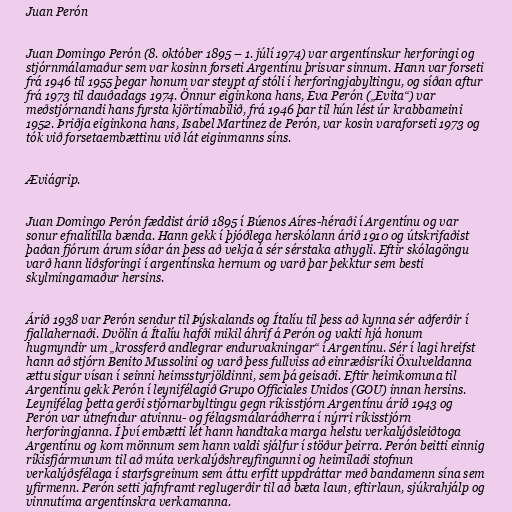
Juan Perón

Juan Domingo Perón (8. október 1895 – 1. júlí 1974) var argentínskur herforingi og
stjórnmálamaður sem var kosinn forseti Argentínu þrisvar sinnum. Hann var forseti
frá 1946 til 1955 þegar honum var steypt af stóli í herforingjabyltingu, og síðan aftur
frá 1973 til dauðadags 1974. Önnur eiginkona hans, Eva Perón („Evita“) var
meðstjórnandi hans fyrsta kjörtímabilið, frá 1946 þar til hún lést úr krabbameini
1952. Þriðja eiginkona hans, Isabel Martínez de Perón, var kosin varaforseti 1973 og
tók við forsetaembættinu við lát eiginmanns síns.

Æviágrip.

Juan Domingo Perón fæddist árið 1895 í Búenos Aíres-héraði í Argentínu og var
sonur efnalítilla bænda. Hann gekk í þjóðlega herskólann árið 1910 og útskrifaðist
þaðan fjórum árum síðar án þess að vekja á sér sérstaka athygli. Eftir skólagöngu
varð hann liðsforingi í argentínska hernum og varð þar þekktur sem besti
skylmingamaður hersins.

Árið 1938 var Perón sendur til Þýskalands og Ítalíu til þess að kynna sér aðferðir í
fjallahernaði. Dvölin á Ítalíu hafði mikil áhrif á Perón og vakti hjá honum
hugmyndir um „krossferð andlegrar endurvakningar“ í Argentínu. Sér í lagi hreifst
hann að stjórn Benito Mussolini og varð þess fullviss að einræðisríki Öxulveldanna
ættu sigur vísan í seinni heimsstyrjöldinni, sem þá geisaði. Eftir heimkomuna til
Argentínu gekk Perón í leynifélagið Grupo Officiales Unidos (GOU) innan hersins.
Leynifélag þetta gerði stjórnarbyltingu gegn ríkisstjórn Argentínu árið 1943 og
Perón var útnefndur atvinnu- og félagsmálaráðherra í nýrri ríkisstjórn
herforingjanna. Í því embætti lét hann handtaka marga helstu verkalýðsleiðtoga
Argentínu og kom mönnum sem hann valdi sjálfur í stöður þeirra. Perón beitti einnig
ríkisfjármunum til að múta verkalýðshreyfingunni og heimilaði stofnun
verkalýðsfélaga í starfsgreinum sem áttu erfitt uppdráttar með bandamenn sína sem
yfirmenn. Perón setti jafnframt reglugerðir til að bæta laun, eftirlaun, sjúkrahjálp og
vinnutíma argentínskra verkamanna.